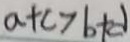
a + c > b + d